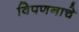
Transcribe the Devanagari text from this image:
विपणनाचे